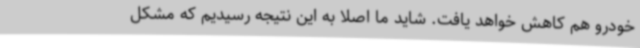
خودرو هم کاهش خواهد یافت. شاید ما اصلا به این نتیجه رسیدیم که مشکل